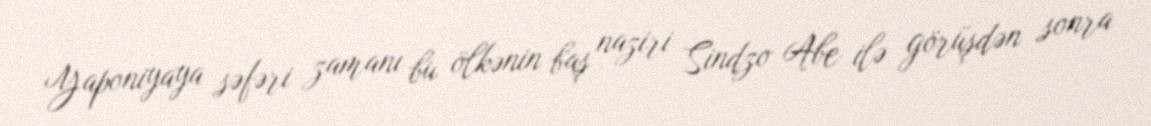
Yaponiyaya səfəri zamanı bu ölkənin baş naziri Sindzo Abe ilə görüşdən sonra